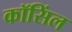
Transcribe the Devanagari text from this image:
कॉसिंल